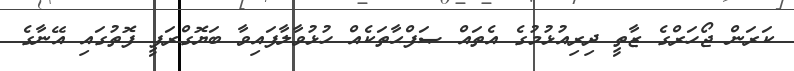
ކަރަން ޖޯހަރްގެ ޒާތީ ދިރިއުޅުމުގެ އެތައް ޞަފްޙާތަކެއް ހުޅުވާލާފައިވާ ބަޔޮގްރަފީ ފޮތުގައި އޭނާގެ